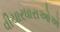
વીચારધારાઓએ